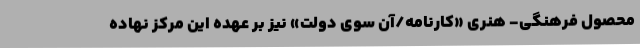
محصول فرهنگی- هنری «کارنامه/آن سوی دولت» نیز بر عهده این مرکز نهاده